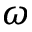
\omega